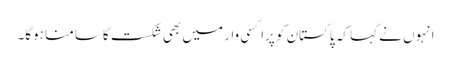
انہوں نے کہا کہ پاکستان کو پراکسی وار میں بھی شکست کا سامنا ہوگا۔